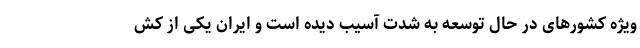
ویژه کشور‌های در حال توسعه به شدت آسیب دیده است و ایران یکی از کش